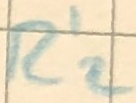
Text: R'2